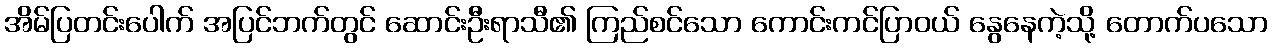
အိမ်ပြတင်းပေါက် အပြင်ဘက်တွင် ဆောင်းဦးရာသီ၏ ကြည်စင်သော ကောင်းကင်ပြာဝယ် နွေနေကဲ့သို့ တောက်ပသော